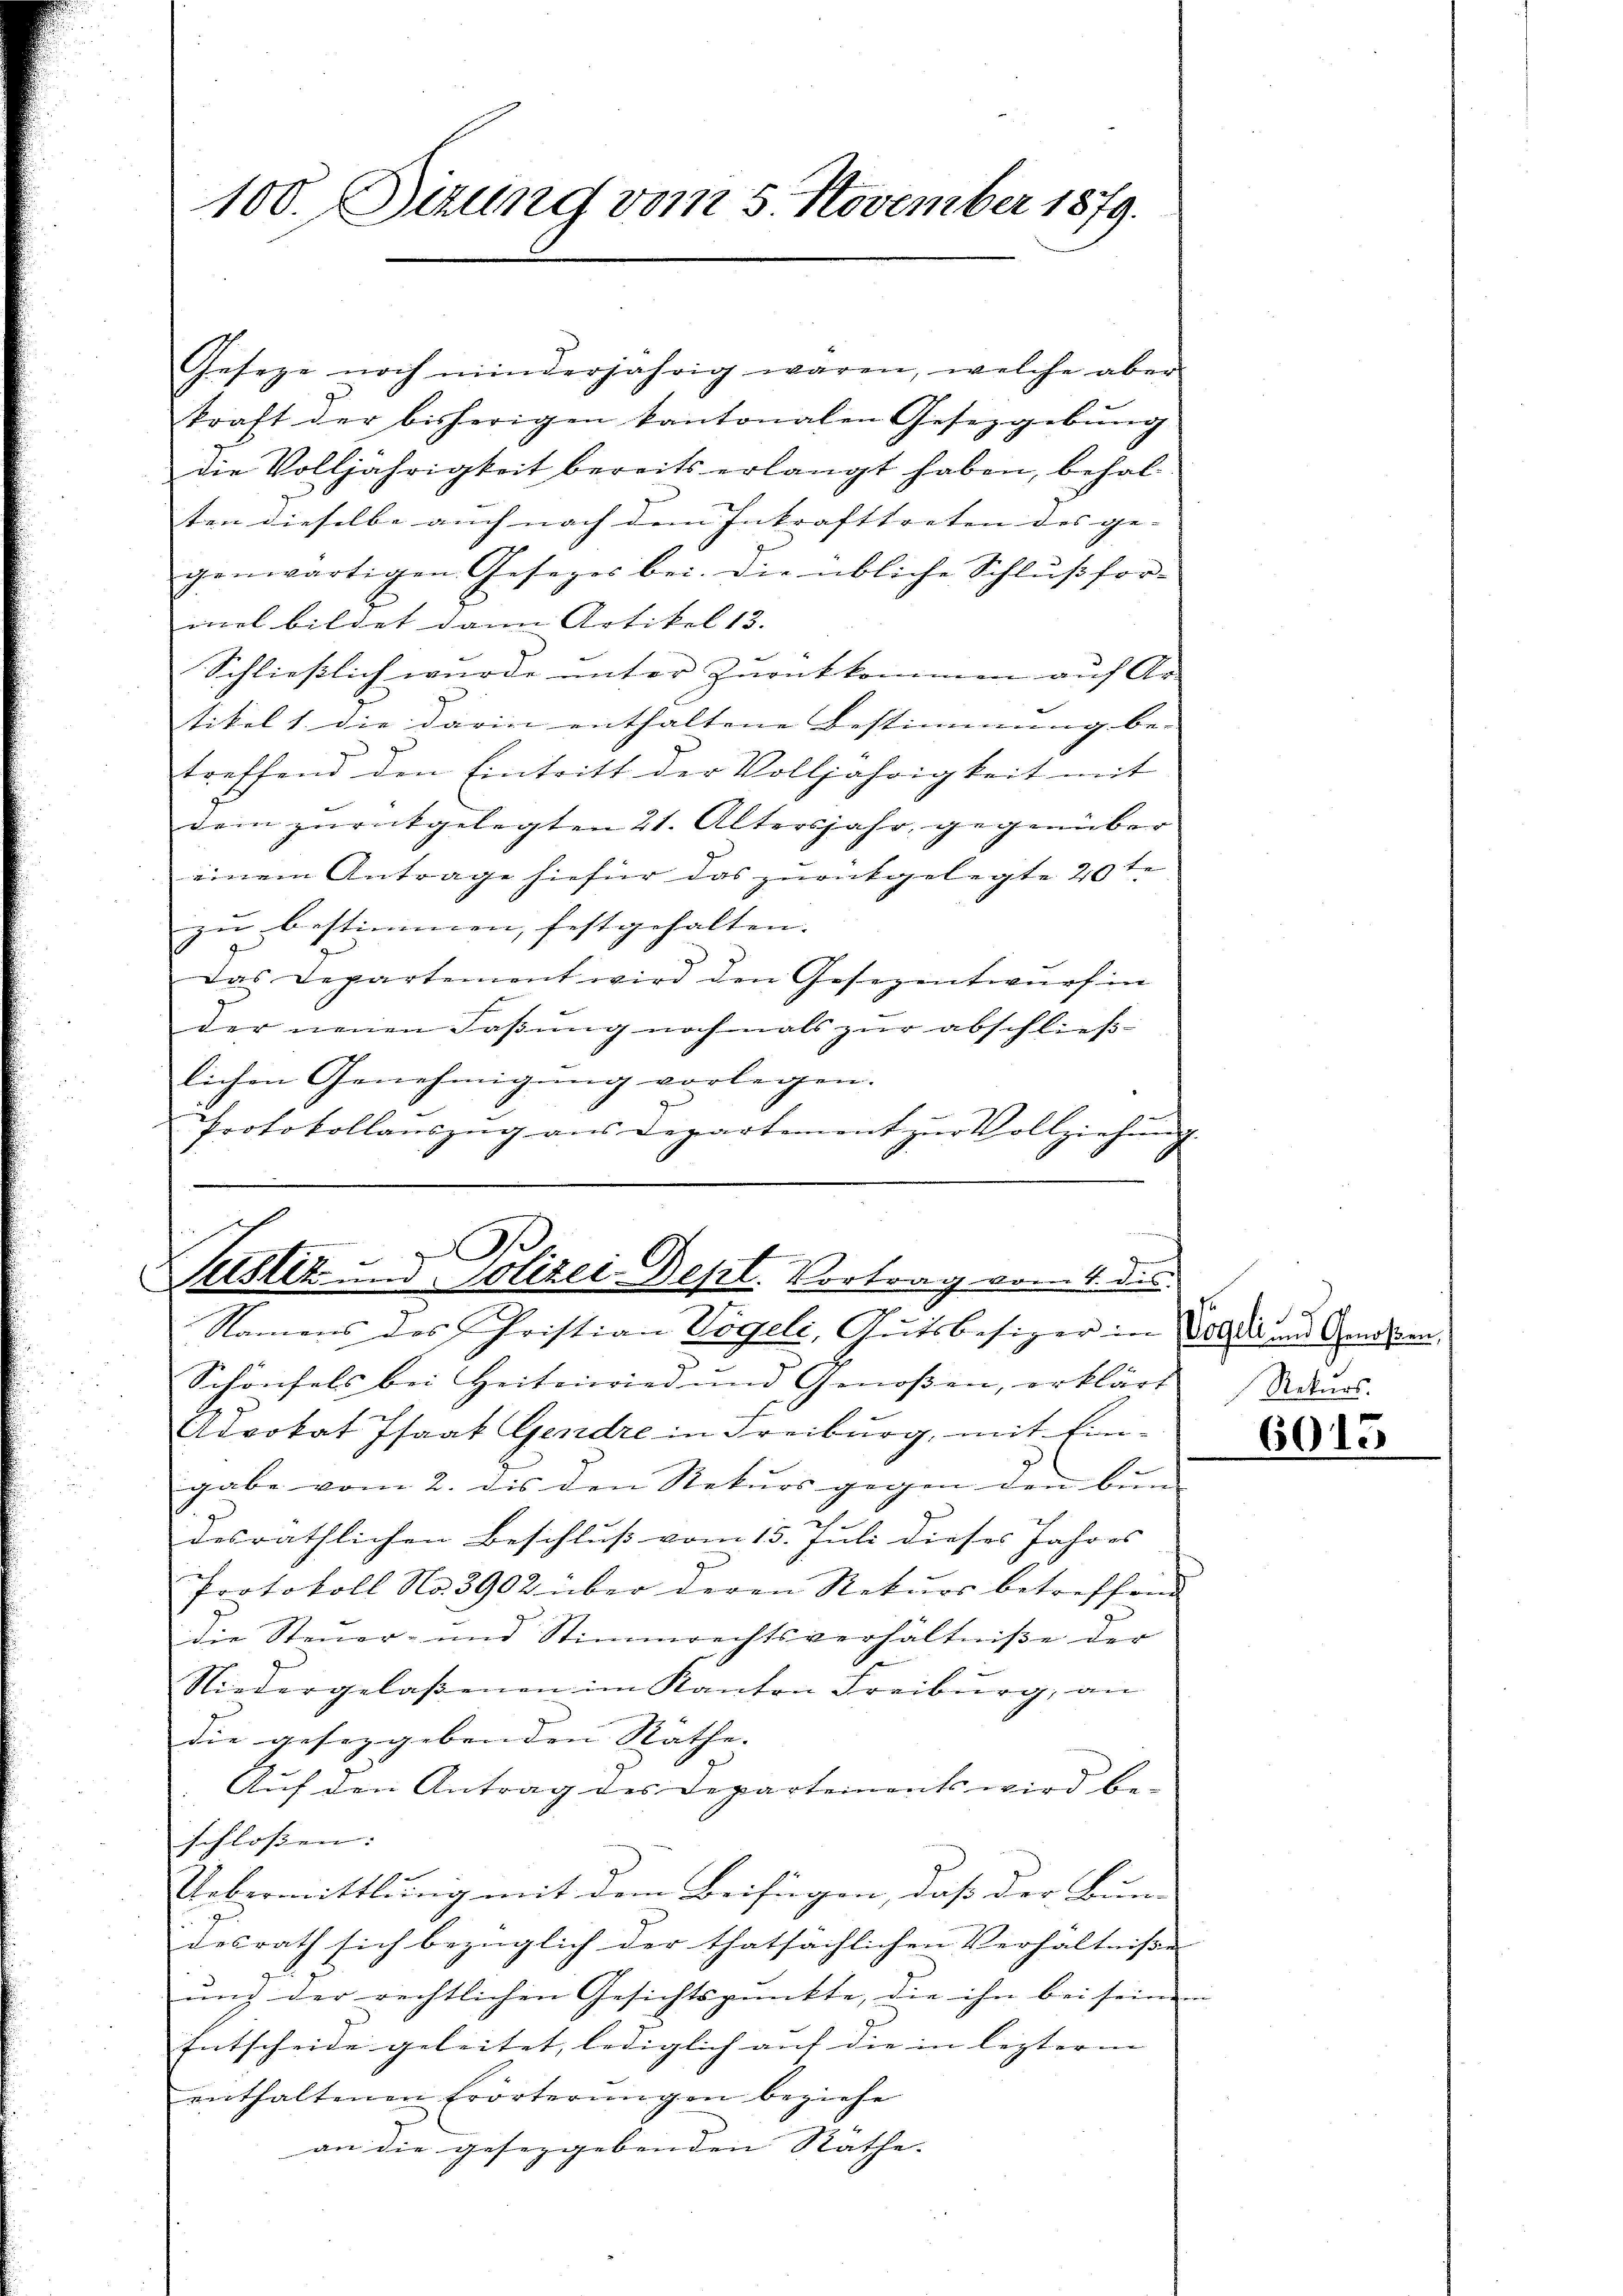
100. Sizung vom 5. November 1879.

Geseze noch minderjährig waren, welche aber
kraft der bisherigen kantonalen Gesetzgebŭng
die Volljährigkeit bereits erlangt haben, behal-
ten dieselbe auch nach dem Inkrafttreten des ge- |
genwärtigen Gesezes bei. Die übliche Schlŭβfor-
mel bildet dann Artikel 13.
Schließlich wurde unter Zurükkommen auf Ar-
tikel 1. die darin enthaltene Bestimmung be-
treffend den Eintritt der Volljährigkeit mit
dem zurückgelegten 21. Altersjahr, gegenüber
einem Antrage hiefür das zurückgelegte 20te
zu bestimmen, festgehalten.
Das Departement wird den Gesezentwurf in
der neuen Faßung nochmals zur abschließlichen Genehmigung vorlegen.
Protokollaŭszŭg ans Departement zŭr Vollziehŭng

s
i
Justiz und Polizei Dept. Vortrag vom 4. des
Namens des Christian Vögeli, Gutsbesizer in Vorde und Genossen.

Schönfels bei Heitenwied und Genoßen, erklärt Adurs
Advokat Isaat Gendre in Freiburg, mit Ein-
gabe vom 2. dis den Rekurs gegen den bun-
desräthlichen Beschluß vom 15. Juli dieses Jahres
Protokoll No 3902 über deren Rekurs betreffend
die Steuer- und Stimmrechtsverhältniße der
Niedergelassenen im Kanton Freiburg, an
die gesezgebenden Räthe. |
Aŭf den Antrag des Departements wird be-
schlossen:
Uebermittlung mit dem Beifügen, daß der Bun-
desrath sich bezüglich der thatsächlichen Verhältnisse
und der rechtlichen Gesichtspunkte, die ihn bei seinem
Entscheide geleitet, lediglich auf die in lezteren |
enthaltenen Erörterŭngen beziehe
an die geseggebenden Räthe. |

605